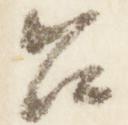
召